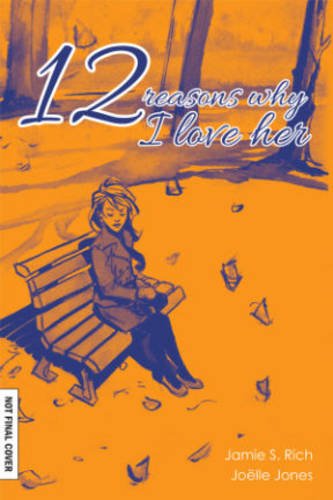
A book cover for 12 Reason Why I Love Her: Tenth Anniversary Edition; Jamie S. Rich; Comics & Graphic Novels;